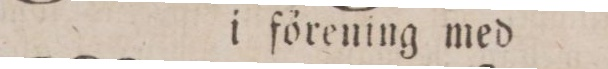
i förening med